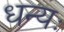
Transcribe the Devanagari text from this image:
धन्यः